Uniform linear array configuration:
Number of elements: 16
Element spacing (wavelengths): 1
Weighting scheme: blackman
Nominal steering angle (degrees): -60
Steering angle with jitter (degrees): -61.521
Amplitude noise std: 0.05
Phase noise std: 0.05

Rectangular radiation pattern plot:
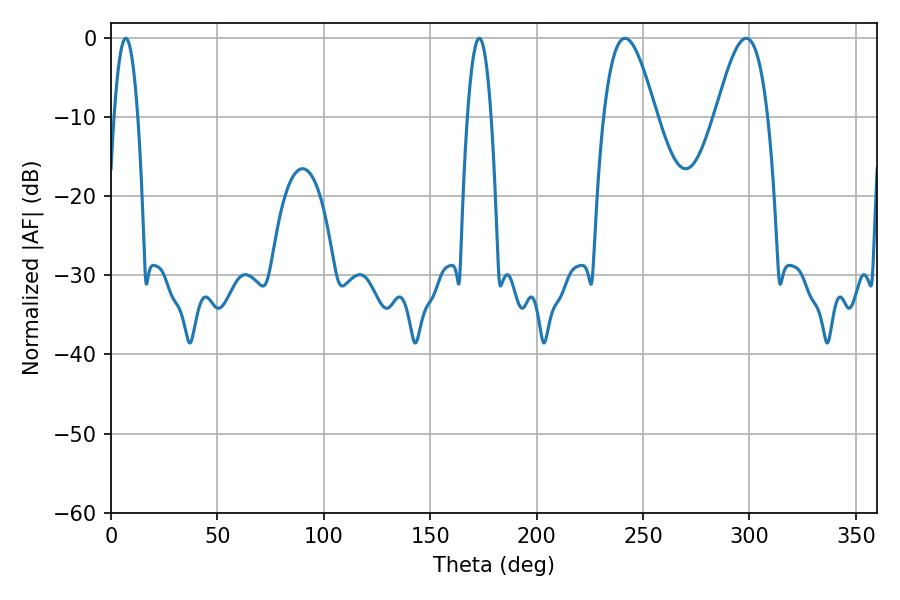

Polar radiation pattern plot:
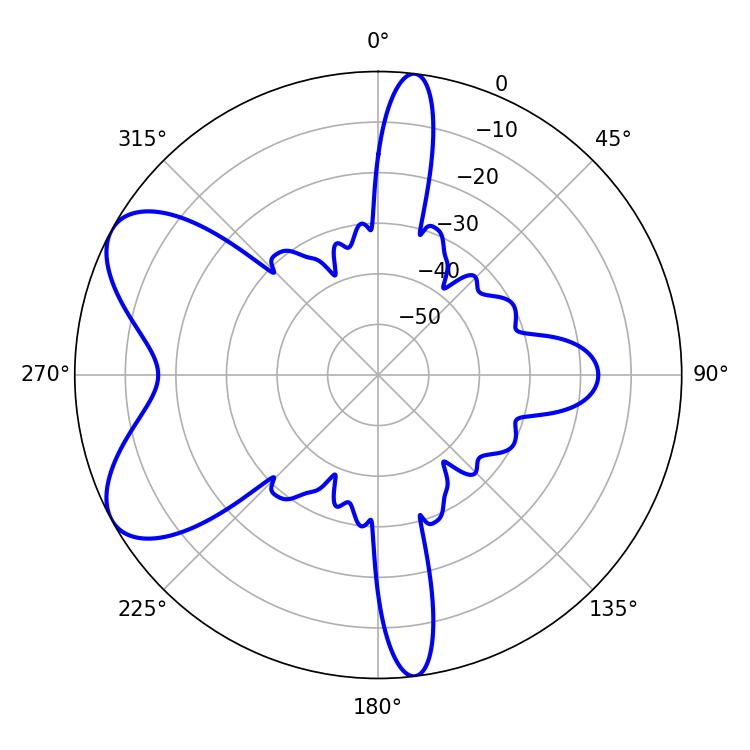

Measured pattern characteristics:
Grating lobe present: TRUE
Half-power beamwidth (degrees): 13.32
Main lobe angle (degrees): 241.56